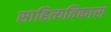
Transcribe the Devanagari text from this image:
साहित्यविकास